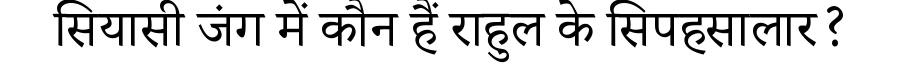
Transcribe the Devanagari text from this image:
सियासी जंग में कौन हैं राहुल के सिपहसालार?